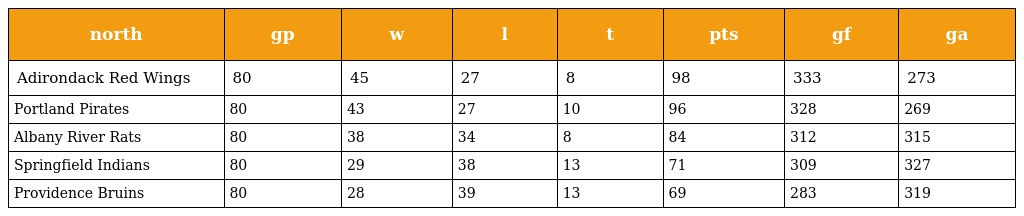
| north | gp | w | l | t | pts | gf | ga |
 | --- | --- | --- | --- | --- | --- | --- | --- |
 | Adirondack Red Wings | 80 | 45 | 27 | 8 | 98 | 333 | 273 |
 | Portland Pirates | 80 | 43 | 27 | 10 | 96 | 328 | 269 |
 | Albany River Rats | 80 | 38 | 34 | 8 | 84 | 312 | 315 |
 | Springfield Indians | 80 | 29 | 38 | 13 | 71 | 309 | 327 |
 | Providence Bruins | 80 | 28 | 39 | 13 | 69 | 283 | 319 |